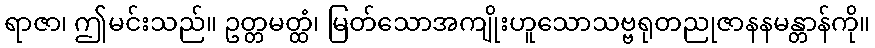
ရာဇာ၊ ဤမင်းသည်။ ဥတ္တမတ္ထံ၊ မြတ်သောအကျိုးဟူသောသဗ္ဗရုတညုဇာနနမန္တာန်ကို။